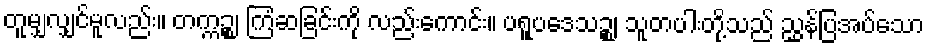
တူမျှလျှင်မူလည်း။ တက္ကဉ္စ၊ ကြံဆခြင်းကို လည်းကောင်း။ ပရူပဒေသဉ္စ၊ သူတပါးတို့သည် ညွှန်ပြအပ်သော